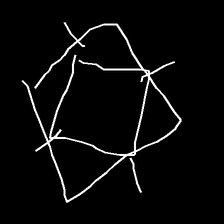
Glyph: light